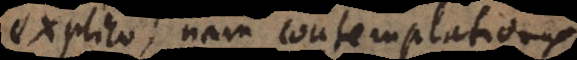
explico; nam contemplationes